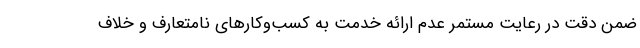
ضمن دقت در رعایت مستمر عدم ارائه خدمت به کسب‌وکارهای نامتعارف و خلاف